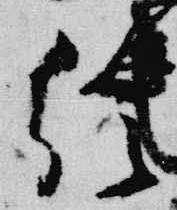
給